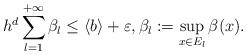
LaTeX: \begin{align*} h^d\sum_{l=1}^{+\infty} \beta_l \le \langle b\rangle+\varepsilon, \beta_l:=\sup_{x\in E_l}\beta(x).\end{align*}